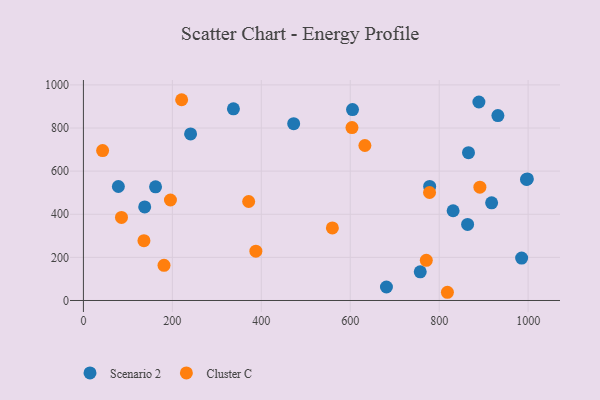
{"axis": {"x": "Experience", "y": "Profit"}, "legend": ["Cluster C", "Scenario 2"], "data": [{"x": "78.6", "y": 528.6, "type": "Scenario 2"}, {"x": "863.9", "y": 353.0, "type": "Scenario 2"}, {"x": "865.9", "y": 685.7, "type": "Scenario 2"}, {"x": "757.4", "y": 132.9, "type": "Scenario 2"}, {"x": "996.3", "y": 561.4, "type": "Scenario 2"}, {"x": "932.0", "y": 857.6, "type": "Scenario 2"}, {"x": "917.9", "y": 453.1, "type": "Scenario 2"}, {"x": "681.4", "y": 62.5, "type": "Scenario 2"}, {"x": "137.8", "y": 433.9, "type": "Scenario 2"}, {"x": "889.3", "y": 920.7, "type": "Scenario 2"}, {"x": "162.2", "y": 527.1, "type": "Scenario 2"}, {"x": "985.4", "y": 196.5, "type": "Scenario 2"}, {"x": "472.8", "y": 820.3, "type": "Scenario 2"}, {"x": "998.3", "y": 563.9, "type": "Scenario 2"}, {"x": "831.3", "y": 416.3, "type": "Scenario 2"}, {"x": "337.3", "y": 888.9, "type": "Scenario 2"}, {"x": "241.0", "y": 772.7, "type": "Scenario 2"}, {"x": "605.1", "y": 885.3, "type": "Scenario 2"}, {"x": "778.6", "y": 529.1, "type": "Scenario 2"}, {"x": "603.9", "y": 802.1, "type": "Cluster C"}, {"x": "891.5", "y": 525.4, "type": "Cluster C"}, {"x": "85.6", "y": 385.2, "type": "Cluster C"}, {"x": "818.5", "y": 38.1, "type": "Cluster C"}, {"x": "136.1", "y": 277.6, "type": "Cluster C"}, {"x": "43.2", "y": 695.5, "type": "Cluster C"}, {"x": "371.6", "y": 459.1, "type": "Cluster C"}, {"x": "387.8", "y": 228.7, "type": "Cluster C"}, {"x": "181.2", "y": 163.1, "type": "Cluster C"}, {"x": "632.9", "y": 718.9, "type": "Cluster C"}, {"x": "220.9", "y": 931.2, "type": "Cluster C"}, {"x": "559.8", "y": 336.6, "type": "Cluster C"}, {"x": "195.7", "y": 466.0, "type": "Cluster C"}, {"x": "771.0", "y": 186.4, "type": "Cluster C"}, {"x": "778.3", "y": 500.9, "type": "Cluster C"}]}